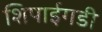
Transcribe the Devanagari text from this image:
शिपाईगडी